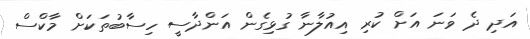
އަދި ދެ ވަނަ އަށް ކުރި އިއުލާނާ ގުޅިގެން އަންދާސީ ހިސާބުތަކަށް މާކްސް